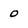
Character: o